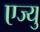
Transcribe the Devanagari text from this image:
एज्यु